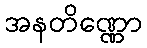
အနတိဏ္ဏော